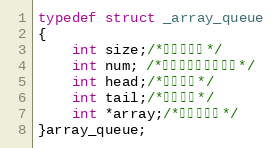
Language: C
typedef struct _array_queue
{
	int size;/*队列的大小*/
	int num; /*当前存储数据的大小*/
	int head;/*队列的头*/
	int tail;/*队列的尾*/
	int *array;/*数据存储区*/
}array_queue;